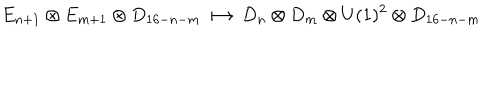
E _ { n + 1 } \otimes E _ { m + 1 } \otimes D _ { 1 6 - n - m } \longmapsto D _ { n } \otimes D _ { m } \otimes U ( 1 ) ^ { 2 } \otimes D _ { 1 6 - n - m }